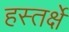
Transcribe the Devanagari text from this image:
हस्तर्क्षे